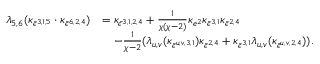
\begin{array} { r l } { \lambda _ { 5 , 6 } ( \kappa _ { \bar { \epsilon } ^ { 3 , 1 , 5 } } \cdot \kappa _ { \bar { \epsilon } ^ { 6 , 2 , 4 } } ) } & { = \kappa _ { \bar { \epsilon } ^ { 3 , 1 , 2 , 4 } } + \frac { 1 } { \chi ( \chi - 2 ) } \kappa _ { e ^ { 2 } } \kappa _ { \bar { \epsilon } ^ { 3 , 1 } } \kappa _ { \bar { \epsilon } ^ { 2 , 4 } } } \\ & { \quad - \frac { 1 } { \chi - 2 } ( \lambda _ { u , v } ( \kappa _ { \bar { \epsilon } ^ { u , v , 3 , 1 } } ) \kappa _ { \bar { \epsilon } ^ { 2 , 4 } } + \kappa _ { \bar { \epsilon } ^ { 3 , 1 } } \lambda _ { u , v } ( \kappa _ { \bar { \epsilon } ^ { u , v , 2 , 4 } } ) ) . } \end{array}